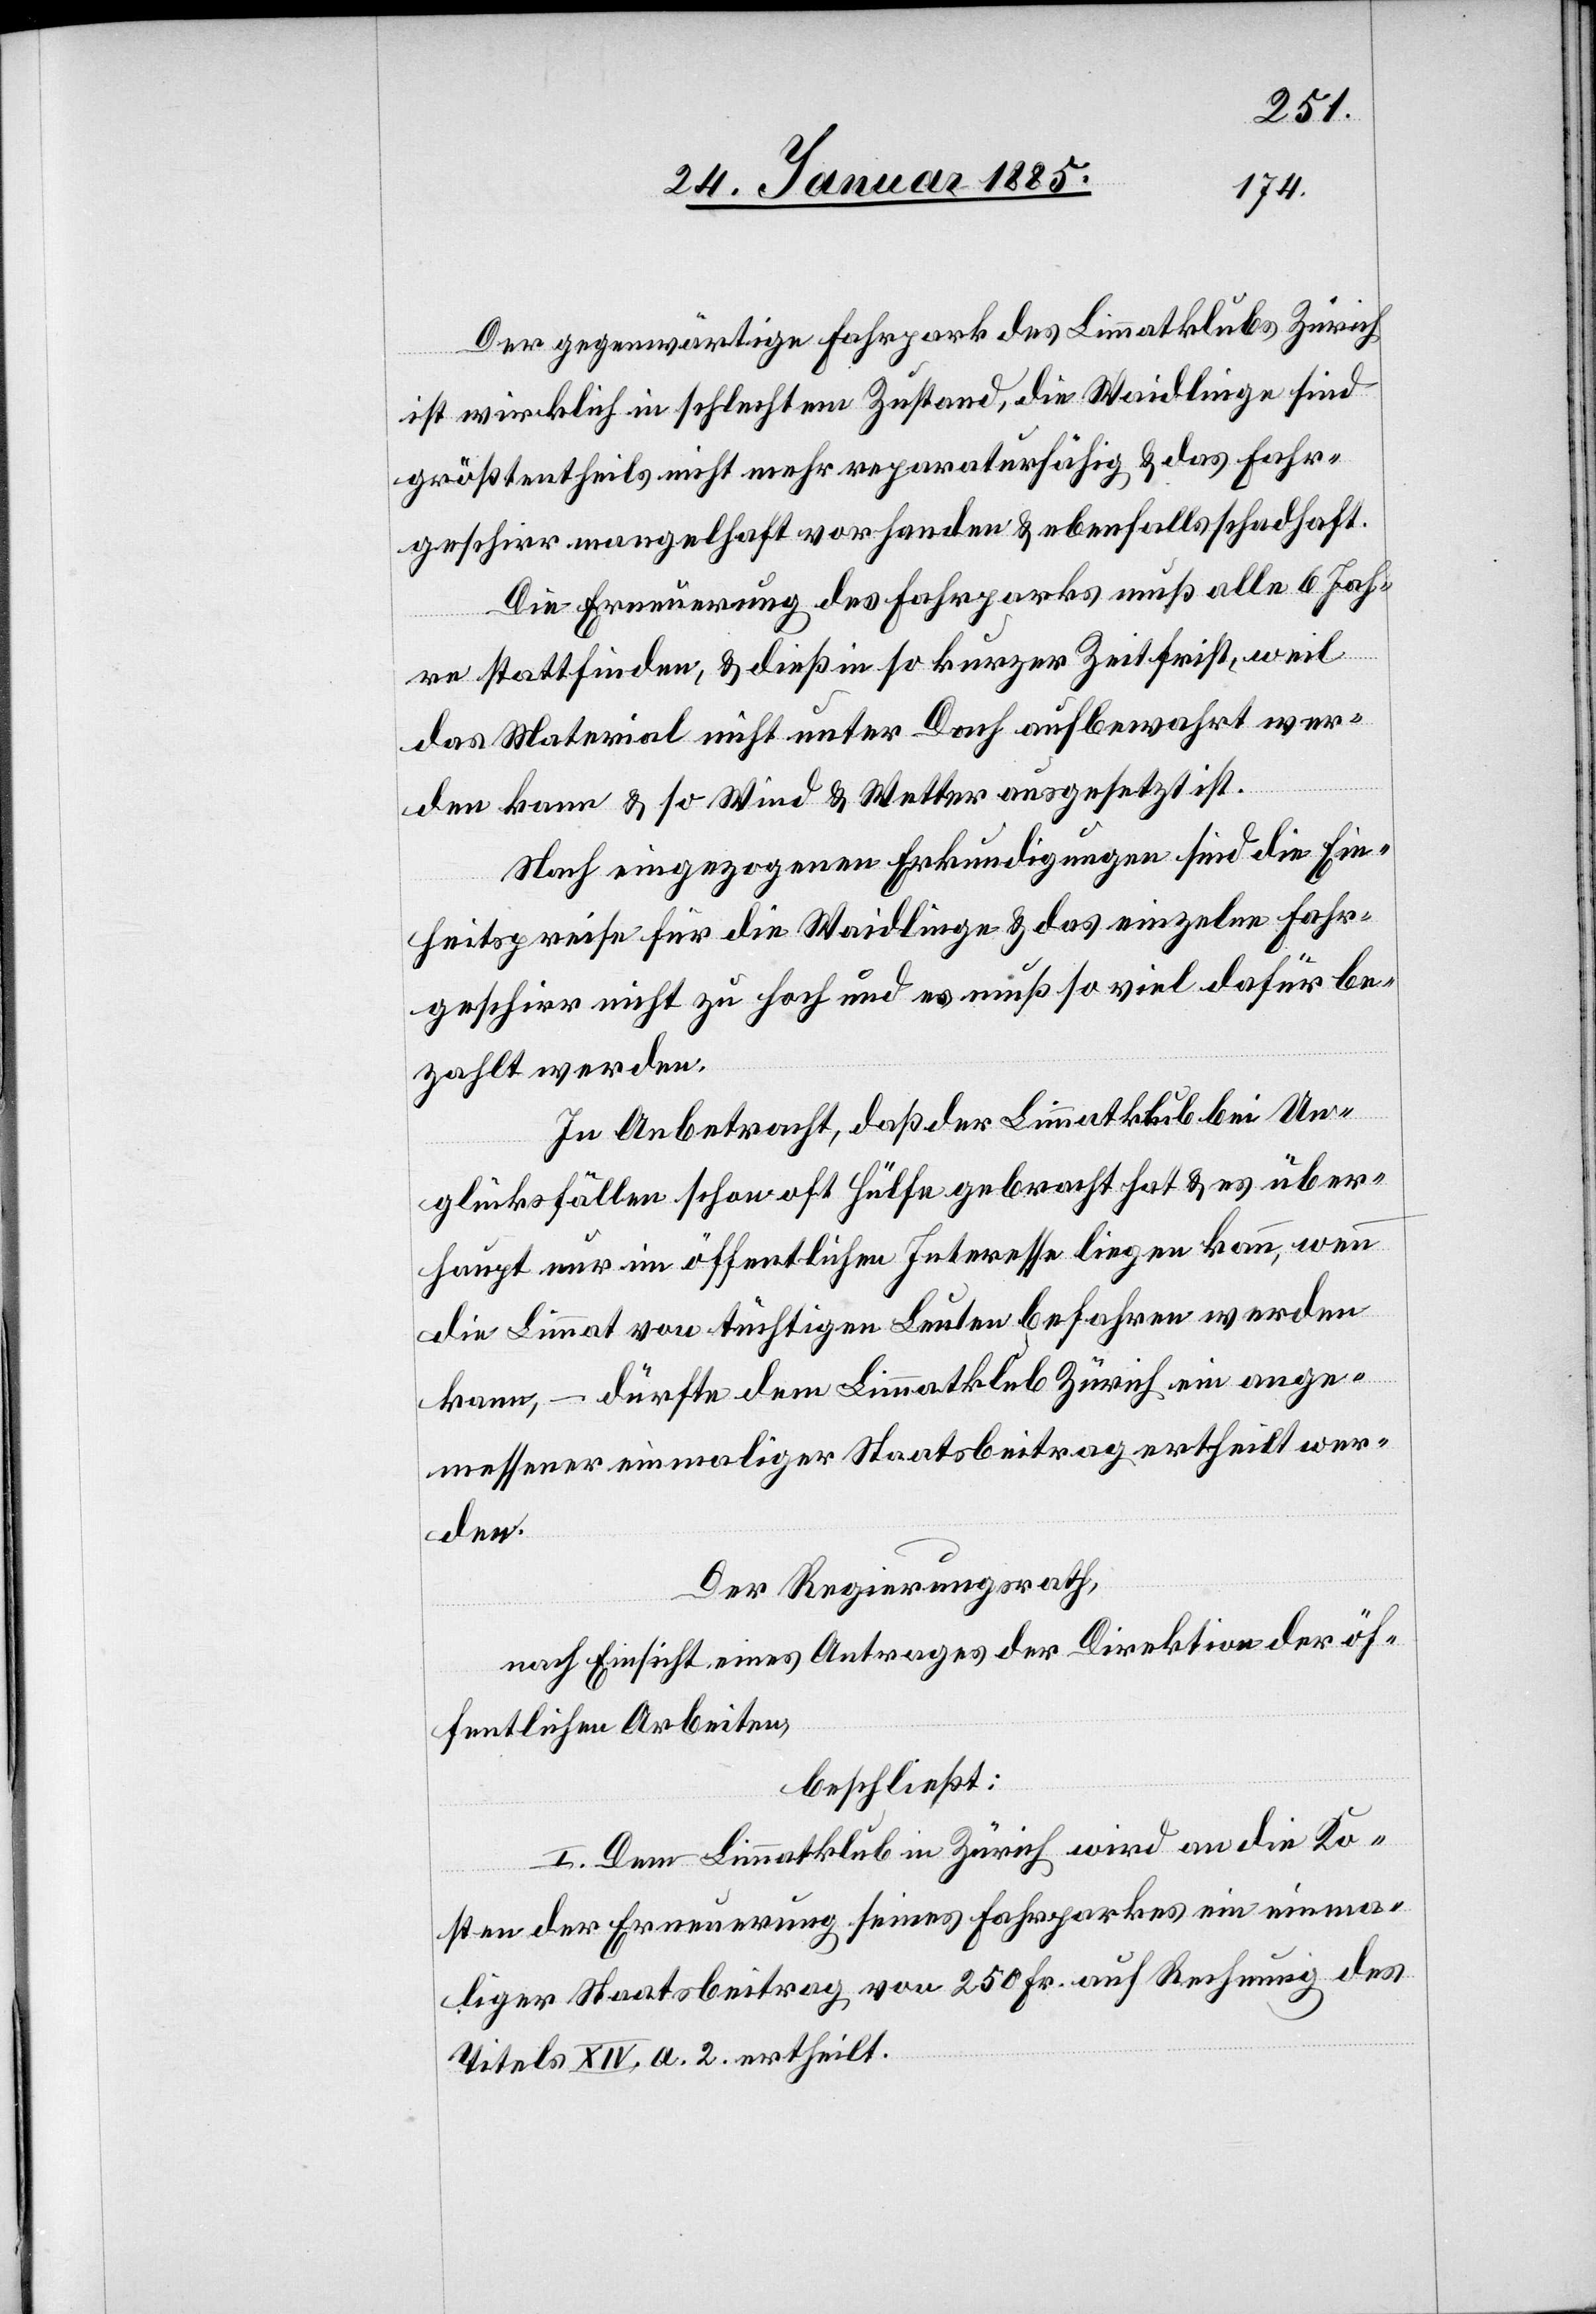
Der gegenwärtige Fahrpark des Limmatklubs Zürich
ist wirklich in schlechtem Zustand, die Waidlinge sind
größtentheils nicht mehr reparaturfähig & das Fahr¬
geschirr mangelhaft vorhanden & ebenfalls schadhaft.
Die Erneuerung des Fahrparks muß alle 6 Jah¬
ren stattfinden, & dieß in so kurzer Zeitfrist, weil
das Material nicht unter Dach aufbewahrt wer¬
den kann & so Wind & Wetter ausgesetzt ist.
Nach eingezogenen Erkundigungen sind die Ein¬
heitspreis für die Waidlinge & das einzelne Fahr¬
geschirr nicht zu hoch und es muß so viel dafür be¬
zahlt werden.
In Anbetracht, daß der Limmatklub bei Un¬
glücksfällen schon oft Hülfe gebracht hat & es über¬
haupt nur im öffentlichen Interesse liegen kann, wenn
die Limmat von tüchtigen Leuten befahren werden
kann, – dürfte dem Limmatklub Zürich ein ange¬
messener einmaliger Staatsbeitrag ertheilt wer¬
den.
Der Regierungsrath,
nach Einsicht eines Antrages der Direktion der öf¬
fentlichen Arbeiten,
beschließt:
I. Dem Limmatklub in Zürich wird an die Ko¬
sten der Erneuerung seines Fahrparkes ein einma¬
liger Staatsbeitrag von 250 Fr. auf Rechnung des
Titels XIV, a. 2. ertheilt.